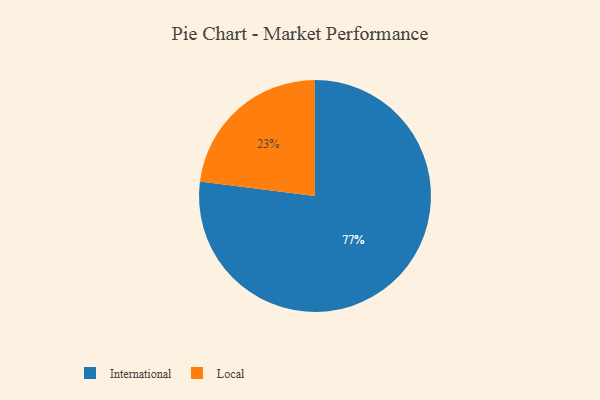
{"axis": {"x": "Category", "y": "Percentage"}, "legend": ["International", "Local"], "data": [{"x": "International", "y": 77, "type": "International"}, {"x": "Local", "y": 23, "type": "Local"}]}